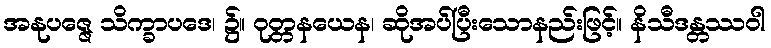
အနုပဇ္ဇေ သိက္ခာပဒေ၊ ၌။ ဝုတ္တနယေန၊ ဆိုအပ်ပြီးသောနည်းဖြင့်။ နိသီဒန္တဿဝါ